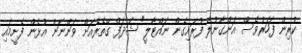
ކުރިން ފަހަރުވެސް އަންގާނުލާ ފުރައިގެން ނައްޓާލީ" ޝަދަފް ގޭތެރެއަށް ވަންނަން އުޅެން ފެށީމައި